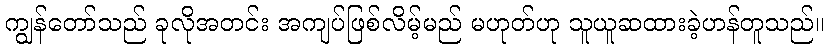
ကျွန်တော်သည် ခုလိုအတင်း အကျပ်ဖြစ်လိမ့်မည် မဟုတ်ဟု သူယူဆထားခဲ့ဟန်တူသည်။